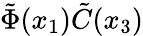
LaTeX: \tilde{\Phi}(x_{1})\tilde{C}(x_{3})